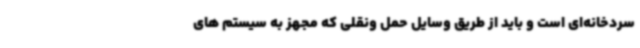
سردخانه‌ای است و باید از طریق وسایل حمل ونقلی که مجهز به سیستم های